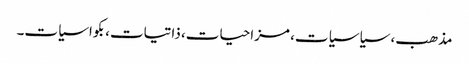
مذھب، سیاسیات، مزاحیات، ذاتیات،بکواسیات۔